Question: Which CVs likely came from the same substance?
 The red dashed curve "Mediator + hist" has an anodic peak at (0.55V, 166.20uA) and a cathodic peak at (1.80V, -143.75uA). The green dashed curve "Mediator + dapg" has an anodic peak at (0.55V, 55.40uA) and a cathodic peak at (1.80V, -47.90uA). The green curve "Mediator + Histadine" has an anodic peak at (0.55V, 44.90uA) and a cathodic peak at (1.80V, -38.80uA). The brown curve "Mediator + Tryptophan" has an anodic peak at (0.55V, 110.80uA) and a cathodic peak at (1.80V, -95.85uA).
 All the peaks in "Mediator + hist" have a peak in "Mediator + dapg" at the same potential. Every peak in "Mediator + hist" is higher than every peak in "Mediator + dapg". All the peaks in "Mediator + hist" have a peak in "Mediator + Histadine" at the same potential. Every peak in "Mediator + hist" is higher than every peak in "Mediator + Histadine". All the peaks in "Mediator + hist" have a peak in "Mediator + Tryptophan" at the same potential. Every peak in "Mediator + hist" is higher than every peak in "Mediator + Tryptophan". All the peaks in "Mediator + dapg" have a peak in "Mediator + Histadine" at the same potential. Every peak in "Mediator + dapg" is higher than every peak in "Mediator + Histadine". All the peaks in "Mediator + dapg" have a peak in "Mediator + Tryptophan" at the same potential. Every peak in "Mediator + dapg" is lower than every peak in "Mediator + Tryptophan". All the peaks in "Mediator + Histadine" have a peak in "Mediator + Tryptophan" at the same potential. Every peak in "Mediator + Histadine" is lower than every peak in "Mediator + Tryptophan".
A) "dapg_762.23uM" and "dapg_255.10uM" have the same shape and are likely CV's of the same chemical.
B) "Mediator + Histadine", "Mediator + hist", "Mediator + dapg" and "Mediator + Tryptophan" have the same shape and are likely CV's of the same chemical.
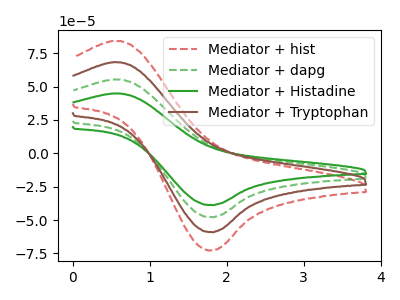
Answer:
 <answer>B) "Mediator + Histadine", "Mediator + hist", "Mediator + dapg" and "Mediator + Tryptophan" have the same shape and are likely CV's of the same chemical.</answer>
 <eval>B</eval>